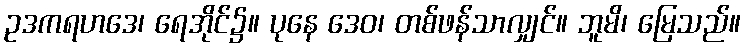
ဥဒကရဟဒေ၊ ရေအိုင်၌။ ပုနေ ဒေဝ၊ တစ်ဖန်သာလျှင်။ ဘူမိ၊ မြေသည်။